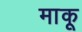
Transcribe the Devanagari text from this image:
माकू